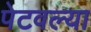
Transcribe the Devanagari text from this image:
पेटवल्या